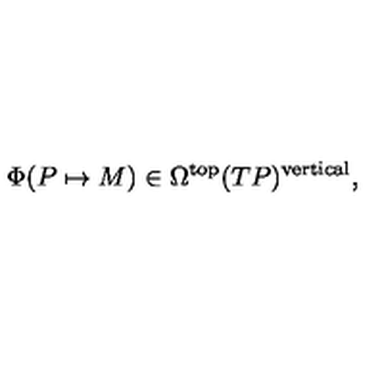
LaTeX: \Phi ( P \mapsto M ) \in \Omega ^ { \mathrm { t o p } } ( T P ) ^ { \mathrm { v e r t i c a l } } ,